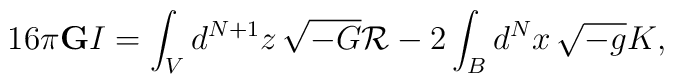
16\pi{\bf G}I = \int_{V}d^{N+1}z\,\sqrt{-G}{\cal R}        -2\int_{B}d^{N}x\,\sqrt{-g}K ,